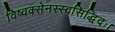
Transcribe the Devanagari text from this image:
विष्वक्सेनस्स्वसिद्धिदः।